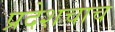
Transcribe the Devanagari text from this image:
प्रदेशचाच